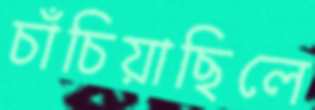
চাঁচিয়াছিলে